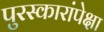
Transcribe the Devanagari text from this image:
पुरस्कारांपेक्षा